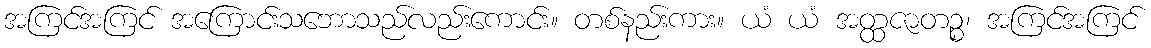
အကြင်အကြင် အကြောင်းသဘောသည်လည်းကောင်း။ တစ်နည်းကား။ ယံ ယံ အတ္ထဇာတဉ္စ၊ အကြင်အကြင်